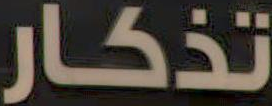
تذكار